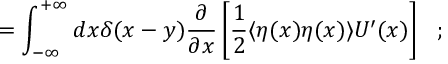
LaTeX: = \int _ { - \infty } ^ { + \infty } d x \delta ( x - y ) \frac { \partial } { \partial x } \left[ \frac { 1 } { 2 } \langle \eta ( x ) \eta ( x ) \rangle U ^ { \prime } ( x ) \right] \ \ ;